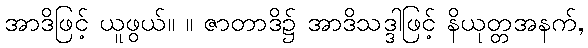
အာဒိဖြင့် ယူဖွယ်။ ။ ဇာတာဒိ၌ အာဒိသဒ္ဒါဖြင့် နိယုတ္တအနက်,